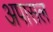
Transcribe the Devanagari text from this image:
अपासल